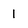
Character: 1